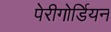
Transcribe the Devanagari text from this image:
पेरीगोर्डियन